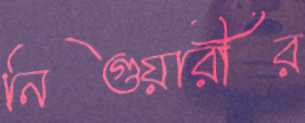
নিগুয়ারীর